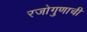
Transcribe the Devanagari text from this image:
रजोगुणाची